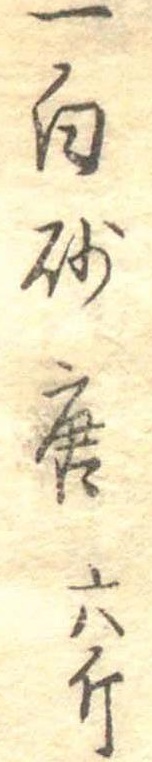
一白砂糖六斤